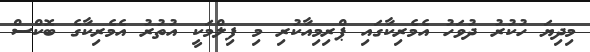
މިދިޔަ ހުކުރު ދުވަހު އެމެރިކާގައި ޕްރިމިއާކުރި މި ފިލްމަކީ އުތުރު އެމެރިކާގެ ބޮކްސް